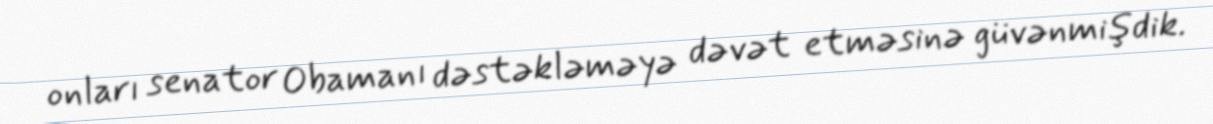
onları senator Obamanı dəstəkləməyə dəvət etməsinə güvənmişdik.